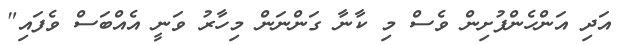
އަދި އަންހެންފުށިން ވެސް މި ކާނާ ގަންނަން މިހާރު ވަނީ އެއްބަސް ވެފައި"